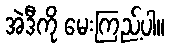
အဲဒီကို မေးကြည့်ပါ။